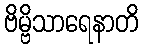
ဗိမ္ဗိသာရေနာတိ